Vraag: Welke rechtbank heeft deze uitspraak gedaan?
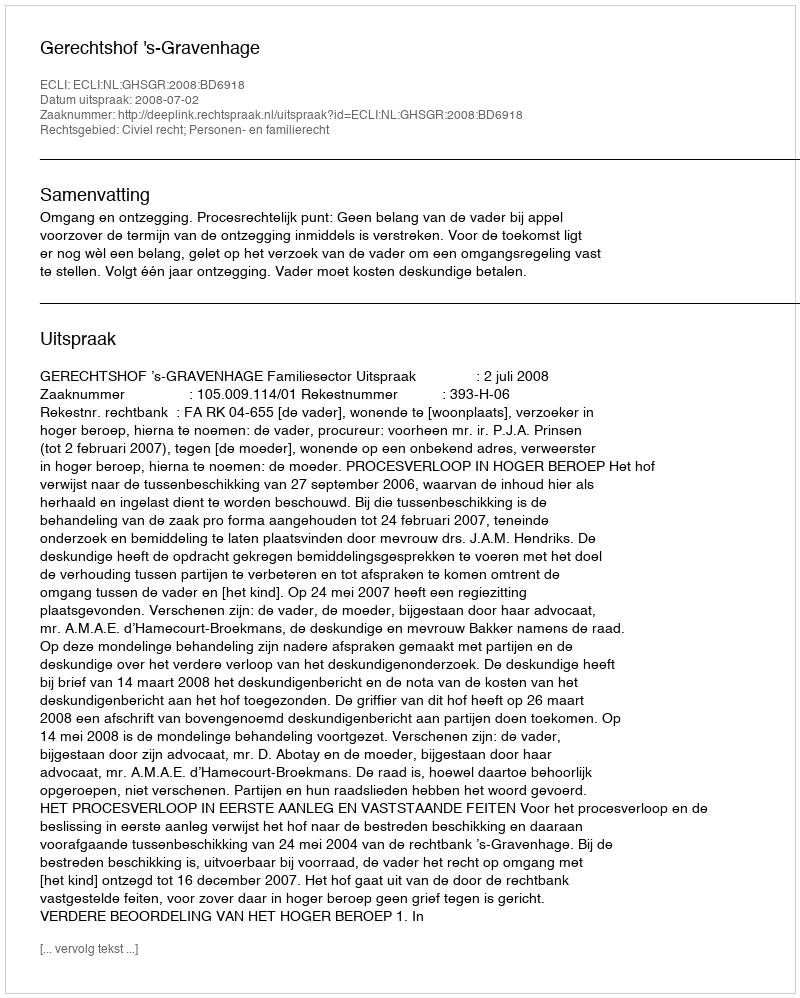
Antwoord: Gerechtshof 's-Gravenhage